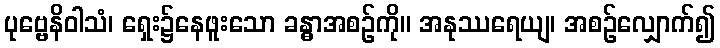
ပုဗ္ဗေနိဝါသံ၊ ရှေး၌နေဖူးသော ခန္ဓာအစဉ်ကို။ အနုဿရေယျ၊ အစဉ်လျှောက်၍